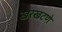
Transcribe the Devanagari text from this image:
खरखटणे